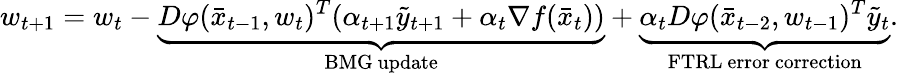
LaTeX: w_{t+1}=w_{t}-\underbrace{D\varphi(\bar{x}_{t-1},w_{t})^{T}(\alpha_{t+1}\tilde{y}_{t+1}+\alpha_{t}\nabla f(\bar{x}_{t}))}_{\mathrm{BMG~update}}+\underbrace{\alpha_{t}D\varphi(\bar{x}_{t-2},w_{t-1})^{T}\tilde{y}_{t}}_{\mathrm{FTRL~error~correction}}.